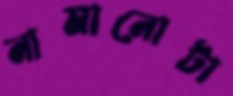
নামানোটা